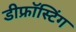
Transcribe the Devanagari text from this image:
डीफ्रॉस्टिंग